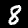
Label: 8